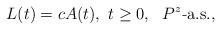
LaTeX: \begin{align*}L(t)=cA(t),\ t\ge 0,~~ P^z\textrm{-}\hbox{a.s.,}\end{align*}